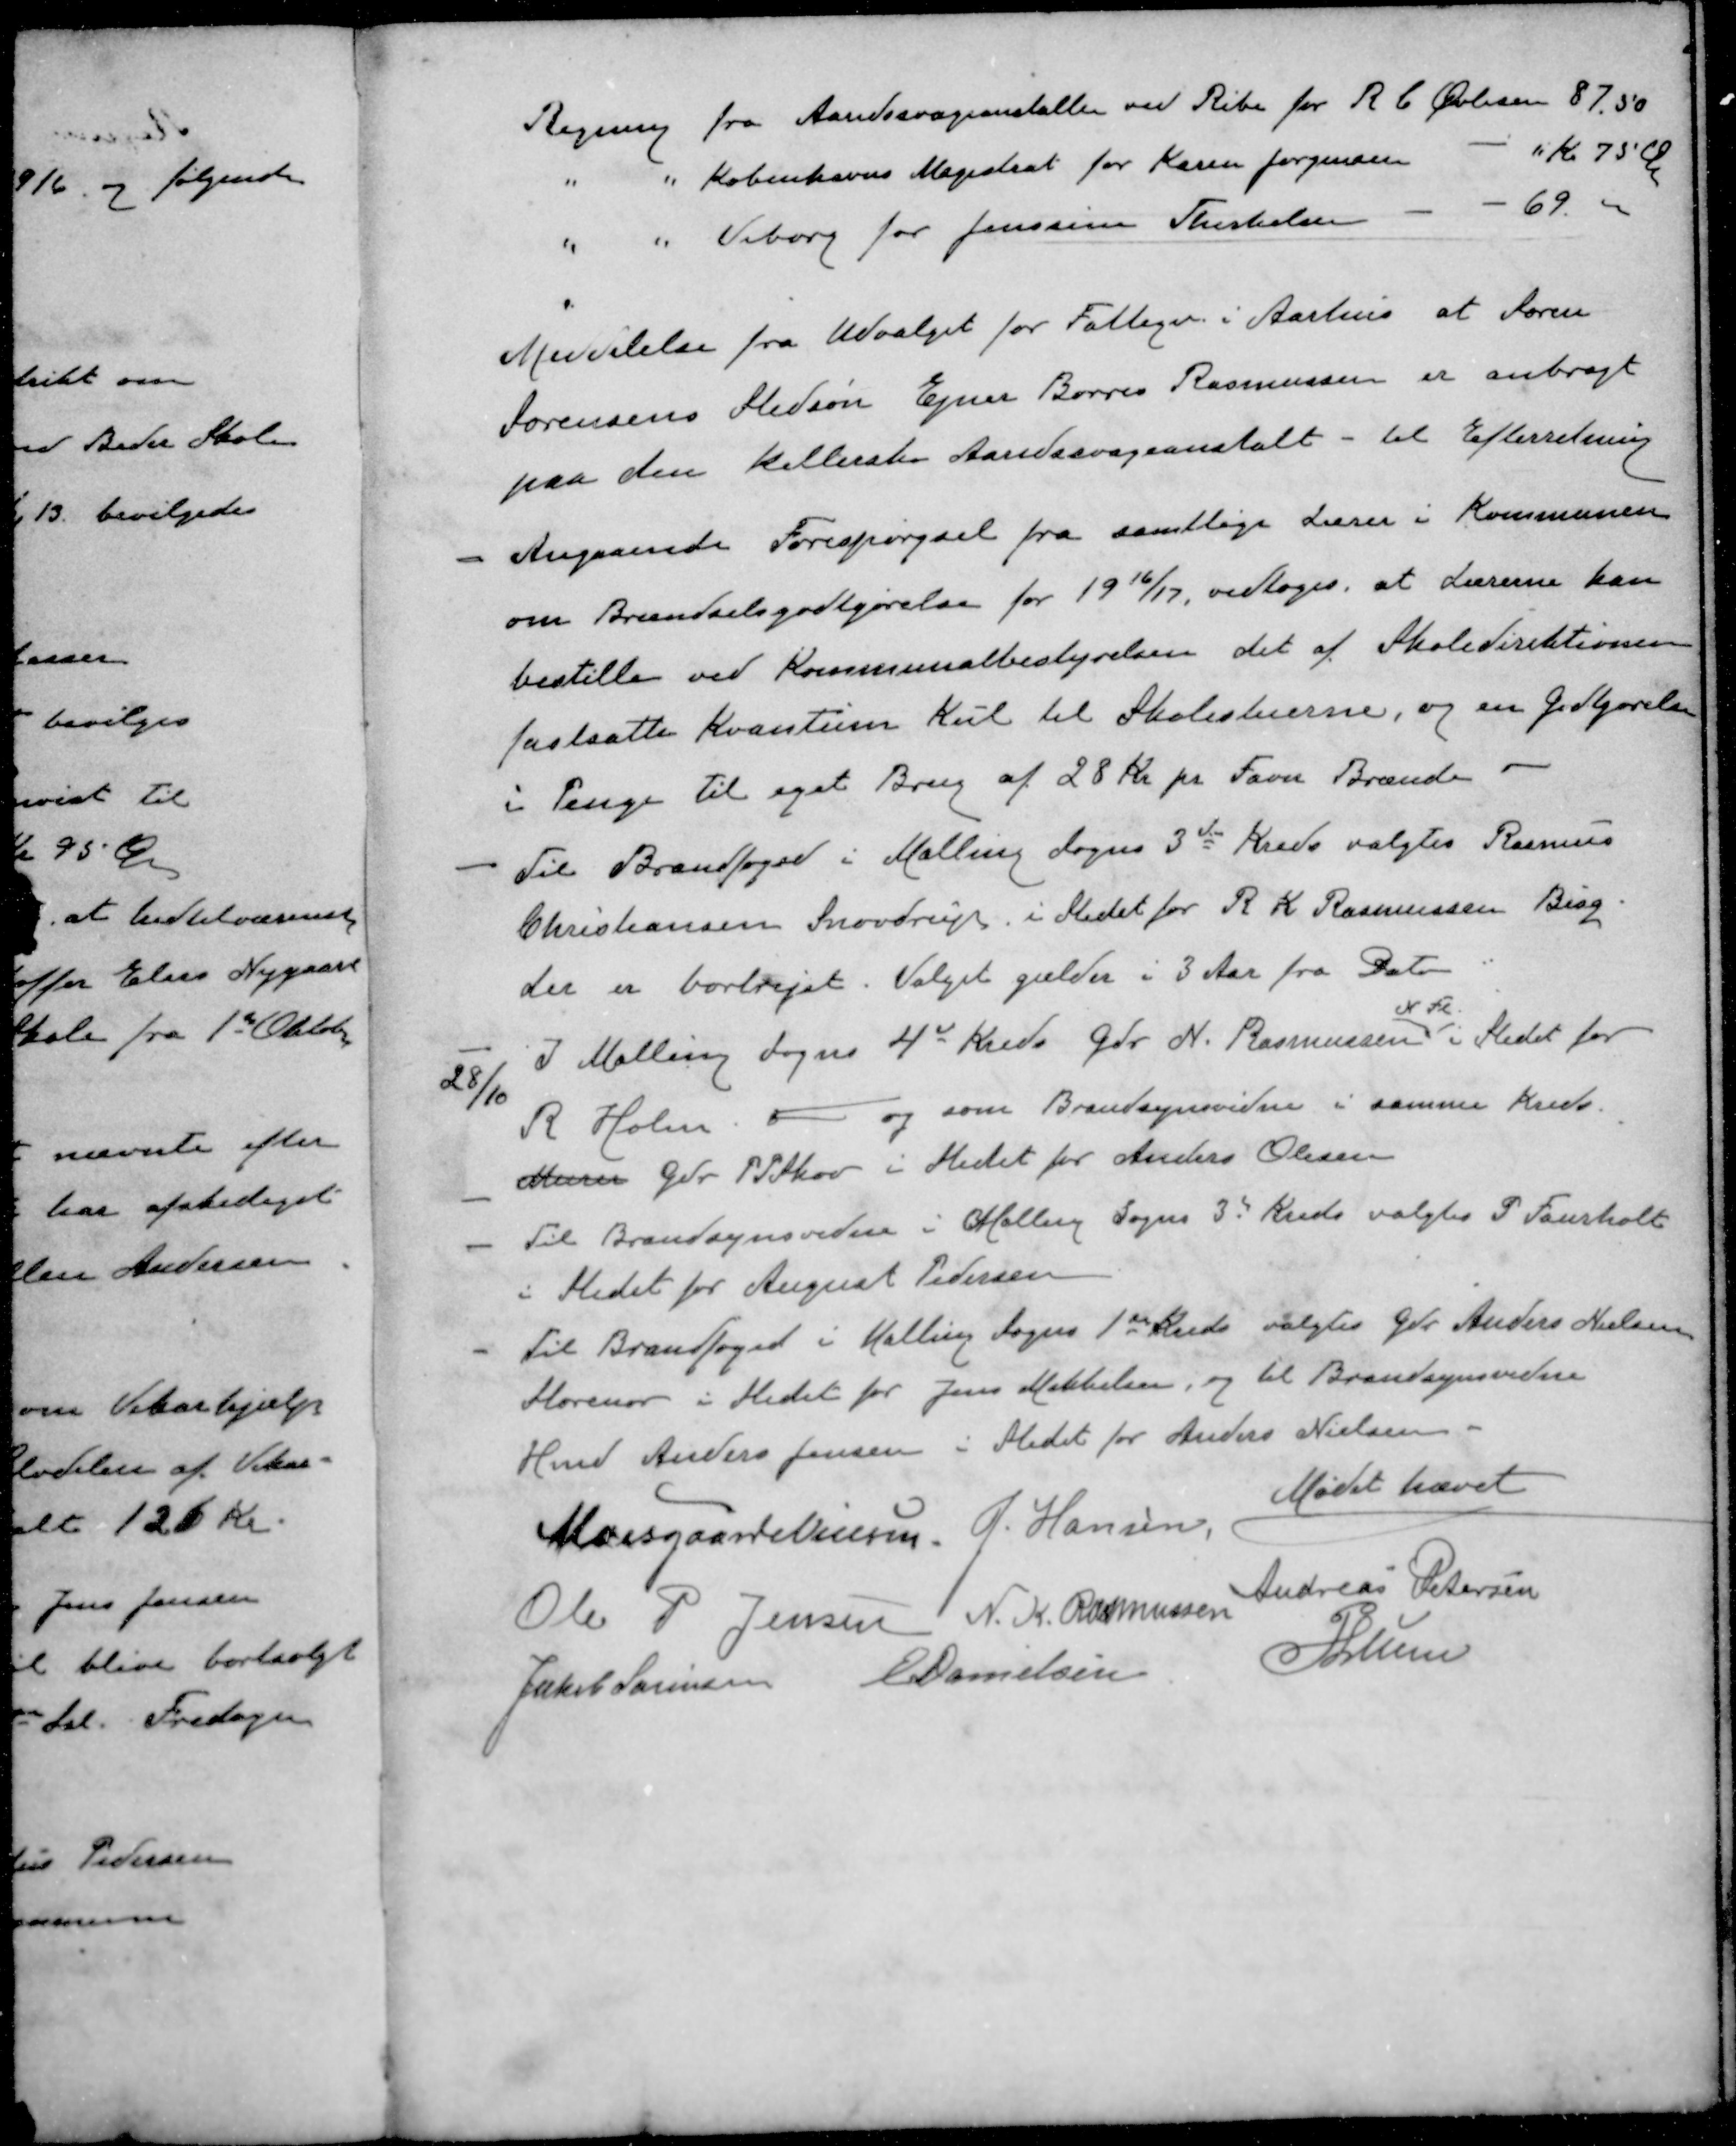
Transskription:
Regning fra Aandssvageanstalten ved Ribe for R C Øvlisen 87,50
" " Københavns Magistrat for Karen Jørgensen - " Kr 75 Øre
" " Viborg for Jenssine Therkelsen - - 69 -
Meddelelse fra Udvalget for Fattige i Aarhus at Søren
Sørensens Stedsøn Ejner Borres Rasmussen er anbragt
paa den Kellerske Aandssvageanstalt - til Efterretning
- Angaaende Forespørgsel fra samtlige Lærer i Kommunen
om Brændselsgodtgørelse for 1916/17 vedtoges at Lærerne kan
bestille ved Kommunalbestyrelsen det af Skoledirektionen
fastsatte Kvantum Kul til Skolestuerne, og en Godtgørelse
i Penge til eget Brug af 28 Kr pr Favn Brænde
- Til Brandfoged i Malling Sogns 3de Kreds valgtes Rasmus
Christiansen Snovdrup i Stedet for R K Rasmussen Bisg.
der er bortlejet. Valget gælder i 3 Aar fra Dato
28/10
N Fl
I Malling Sogns 4de Kreds Gdr. N. Rasmussen i Stedet for
R Holm
 og som Brandsynsvidne i samme Kreds.
Murer Gdr P Skov i Stedet for Anders Olesen
- Til Brandsynsvidne i Malling Sogns 3 Kreds valgtes P. Faurholt
i Stedet for August Pedersen
- Til Brandfoged i Malling Sogns 1ste Kreds valgtes Gdr Anders Nielsen
Storenor i Stedet for Jens Mikkelsen, og til Brandsynsvidne
Hmd Anders Jensen i Stedet for Anders Nielsen
Mødet hævet
MoesgaardNielsen
J Hansen,
Andreas Petersen
Ole P Jensen
N. K. Rasmussen
PLunn
Jakob Sørensen
E Danielsen